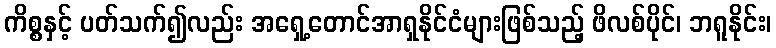
ကိစ္စနှင့် ပတ်သက်၍လည်း အရှေ့တောင်အာရှနိုင်ငံများဖြစ်သည့် ဖိလစ်ပိုင်၊ ဘရူနိုင်း၊